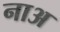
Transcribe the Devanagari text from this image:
नाअ